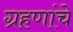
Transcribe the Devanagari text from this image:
ग्रहणांचे